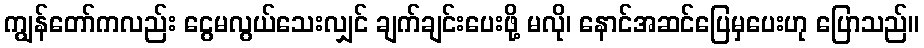
ကျွန်တော်ကလည်း ငွေမလွယ်သေးလျှင် ချက်ချင်းပေးဖို့ မလို၊ နောင်အဆင်ပြေမှပေးဟု ပြောသည်။